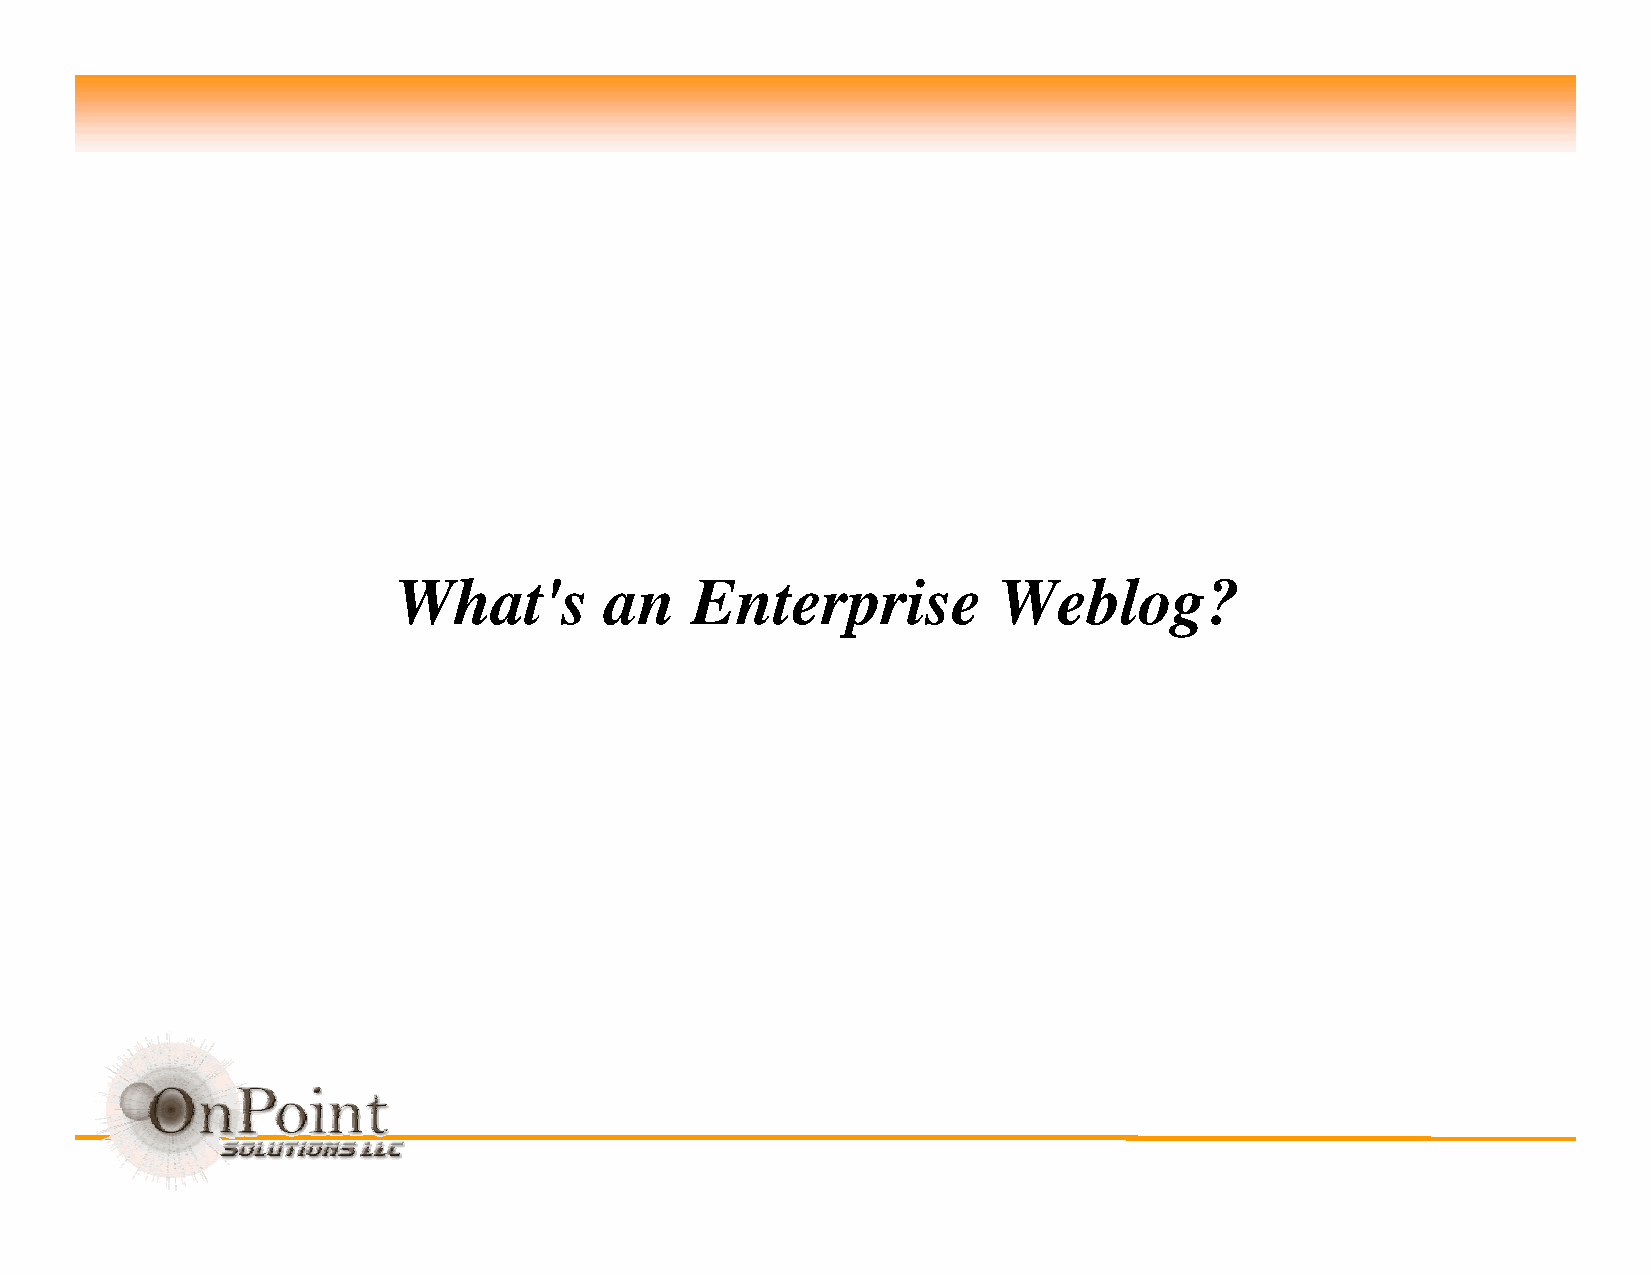
What's        an    Enterprise          Weblog?